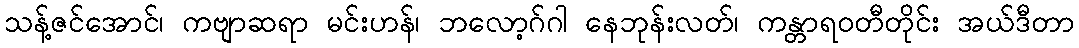
သန့်ဇင်အောင်၊ ကဗျာဆရာ မင်းဟန်၊ ဘလော့ဂ်ဂါ နေဘုန်းလတ်၊ ကန္တာရဝတီတိုင်း အယ်ဒီတာ